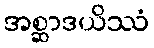
အစ္ဆာဒယိဿံ